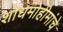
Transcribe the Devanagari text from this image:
शोधमोहीमांचे